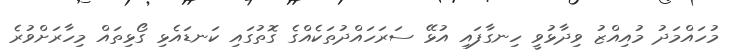
މުހައްމަދު މުއިއްޒު ވިދާޅުވީ ހިނގާފައި އުޅޭ ސަރަހައްދުތަކެއްގެ ގޮތުގައި ކަނޑައެޅި ގޯޅިތައް މިހާރަށްވުރެ